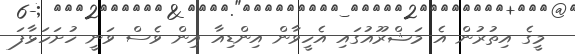
މީގެ އިތުރުން އެ މަޝްރޫއުގައި އެހީވާން އިންޑިއާ އިން ވެސް ވަނީ ހުށަހަޅާފަ